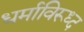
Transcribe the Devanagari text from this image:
धर्माविरूध्द